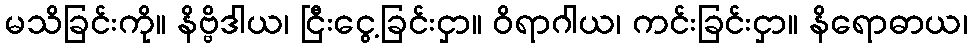
မသိခြင်းကို။ နိဗ္ဗိဒါယ၊ ငြီးငွေ့ခြင်းငှာ။ ဝိရာဂါယ၊ ကင်းခြင်းငှာ။ နိရောဓာယ၊